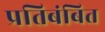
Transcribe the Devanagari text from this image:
प्रतिबंबित